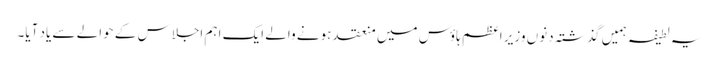
یہ لطیفہ ہمیں گذشتہ دنوں وزیر اعظم ہاؤس میں منعقد ہونے والے ایک اہم اجلاس کے حوالے سے یاد آیا۔